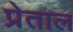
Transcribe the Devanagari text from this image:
प्रेताल